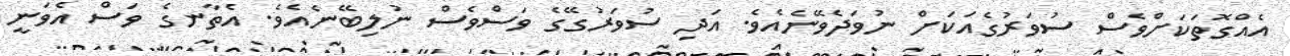
އެއްގޮތަކަށްވެސް ސުވަރުގެއަކަށް ނުވަދެވޭނެއެވެ. އަދި ސުވަރުގޭގެ ވަސްވެސް ނުލިބޭނެއެވެ. އެތާނގެ ވަސް އެވަނީ